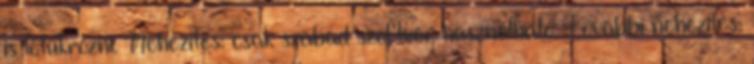
is letükrözni. Nehezítés: csak szabad szoftver használható. További nehezítés: